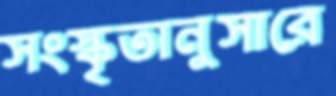
সংস্কৃতানুসারে